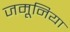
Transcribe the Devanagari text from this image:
जमूनिया